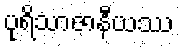
ပုရိသာဇာနီယဿ